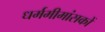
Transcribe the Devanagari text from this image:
धर्ममीमांसकों